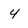
Character: 4